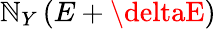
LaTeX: \mathbb{N}_{Y}\left(E+\deltaE\right)